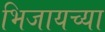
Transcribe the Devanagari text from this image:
भिजायच्या